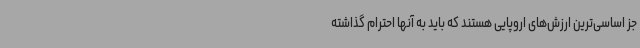
جز اساسی‌ترین ارزش‌های اروپایی هستند که باید به آنها احترام گذاشته